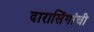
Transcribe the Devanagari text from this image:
दारासिंगांची